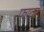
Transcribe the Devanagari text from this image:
फावर